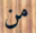
من